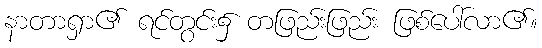
နာတာရှာ၏ ရင်တွင်း၌ တဖြည်းဖြည်း ဖြစ်ပေါ်လာ၏။